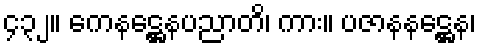
၄၃၂။ ကေနဋ္ဌေနပညာတိ၊ ကား။ ပဇာနနဋ္ဌေန၊